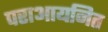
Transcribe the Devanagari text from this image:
पराआयनित